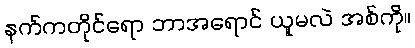
နက်ကတိုင်ရော ဘာအရောင် ယူမလဲ အစ်ကို။